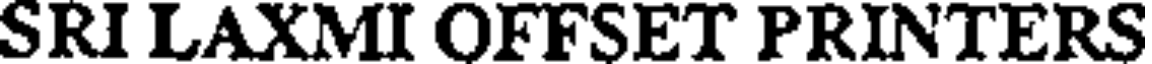
SRI LAXMI OFFSET PRINTERS